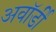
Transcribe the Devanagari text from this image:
अवॉर्डी